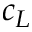
c _ { L }